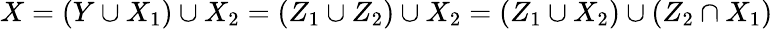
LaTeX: X=\left(Y\cup X_{1}\right)\cup X_{2}=\left(Z_{1}\cup Z_{2}\right)\cup X_{2}=\left(Z_{1}\cup X_{2}\right)\cup\left(Z_{2}\cap X_{1}\right)